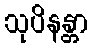
သုပိနန္တာ